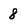
Character: 8